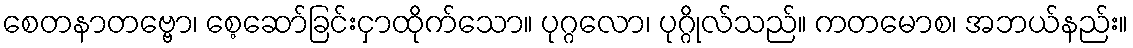
စေတနာတဗ္ဗော၊ စေ့ဆော်ခြင်းငှာထိုက်သော။ ပုဂ္ဂလော၊ ပုဂ္ဂိုလ်သည်။ ကတမောစ၊ အဘယ်နည်း။